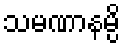
သမဏာနမ္ပိ